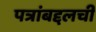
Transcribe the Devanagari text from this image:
पत्रांबद्दलची